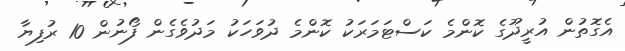
އެގޮތުން އުރީދޫގެ ކޮންމެ ކަސްޓަމަރަކު ކޮންމެ ދުވަހަކު މަދުވެގެން ފޯނުން 10 ރުފިޔާ